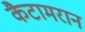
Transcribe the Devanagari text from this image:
कैटामरान